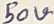
Text: 50V